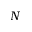
N